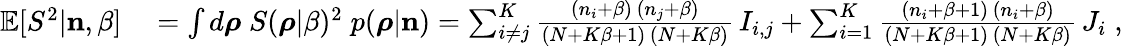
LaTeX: \begin{array}{rl}{\mathbb{E}[S^{2}|{\mathbf n},\beta]}&{{}=\int d\boldsymbol{\rho}\; S(\boldsymbol{\rho}|\beta)^{2}\; p(\boldsymbol{\rho}|{\mathbf n})=\sum_{i\neq j}^{K}\frac{(n_{i}+\beta)\, (n_{j}+\beta)}{(N+K\beta+1)\, (N+K\beta)}\, I_{i,j}+\sum_{i=1}^{K}\frac{(n_{i}+\beta+1)\, (n_{i}+\beta)}{(N+K\beta+1)\, (N+K\beta)}\, J_{i}\; ,}\end{array}